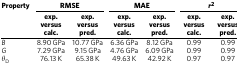
<table><thead><tr><td><b>Property</b></td><td colspan="2"><b>RMSE</b></td><td colspan="2"><b>MAE</b></td><td colspan="2"><b><i>r</i><sup>2</sup></b></td></tr><tr><td><b> </b></td><td><b>exp. versus calc.</b></td><td><b>exp. versus pred.</b></td><td><b>exp. versus calc.</b></td><td><b>exp. versus pred.</b></td><td><b>exp. versus calc.</b></td><td><b>exp. versus pred.</b></td></tr></thead><tbody><tr><td><i>B</i></td><td>8.90 GPa</td><td>10.77 GPa</td><td>6.36 GPa</td><td>8.12 GPa</td><td>0.99</td><td>0.99</td></tr><tr><td><i>G</i></td><td>7.29 GPa</td><td>9.15 GPa</td><td>4.76 GPa</td><td>6.09 GPa</td><td>0.99</td><td>0.99</td></tr><tr><td><i>θ</i><sub>D</sub></td><td>76.13 K</td><td>65.38 K</td><td>49.63 K</td><td>42.92 K</td><td>0.97</td><td>0.97</td></tr></tbody></table>